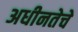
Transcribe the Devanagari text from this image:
अधीनतेचे